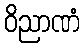
ဝိညာဏံ